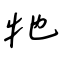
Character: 牠